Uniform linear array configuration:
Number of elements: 12
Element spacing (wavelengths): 0.25
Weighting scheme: hann
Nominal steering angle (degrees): -60
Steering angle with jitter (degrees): -58.564
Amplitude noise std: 0.05
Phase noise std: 0.05

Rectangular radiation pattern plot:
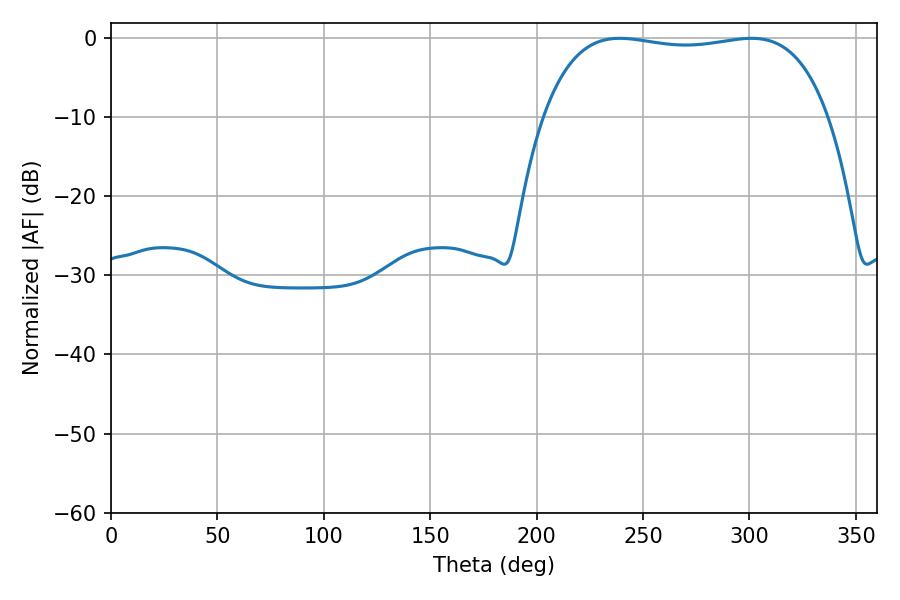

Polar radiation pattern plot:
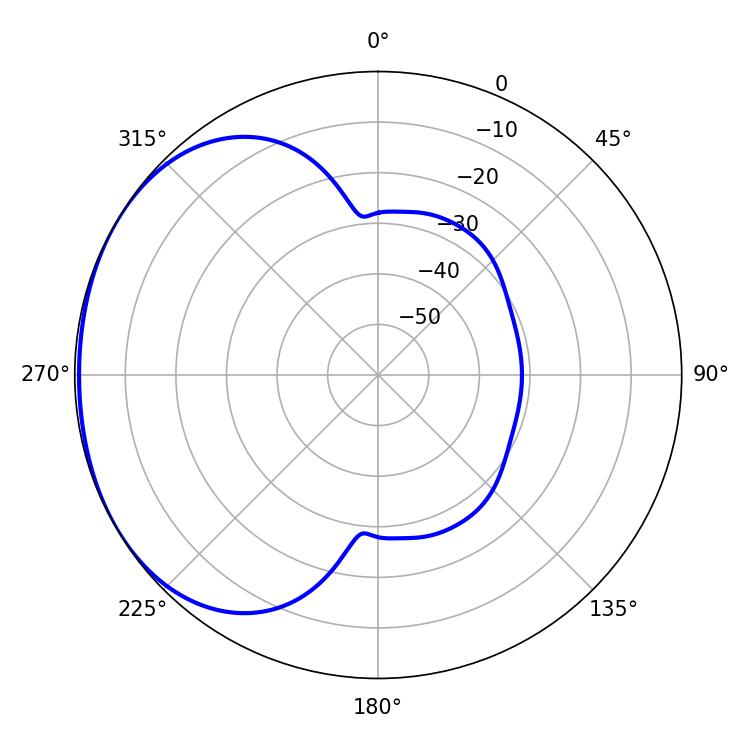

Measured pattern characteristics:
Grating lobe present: FALSE
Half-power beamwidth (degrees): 106.92
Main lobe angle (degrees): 239.04